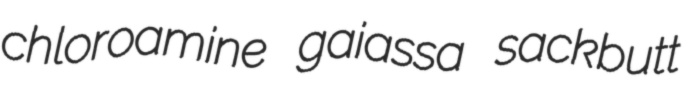
chloroamine gaiassa sackbutt